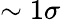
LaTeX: \sim 1\sigma